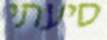
סיעתי